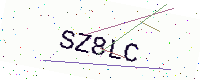
Text: SZ8LC